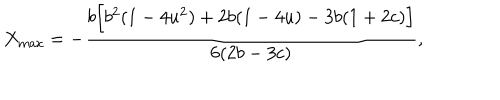
X _ { \mathrm { m a x } } = - \frac { b \Bigl [ b ^ { 2 } ( 1 - 4 u ^ { 2 } ) + 2 b ( 1 - 4 u ) - 3 b ( 1 + 2 c ) \Bigr ] } { 6 ( 2 b - 3 c ) } ,